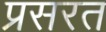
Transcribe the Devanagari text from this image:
प्रसरत